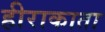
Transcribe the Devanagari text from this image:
हीराकाता